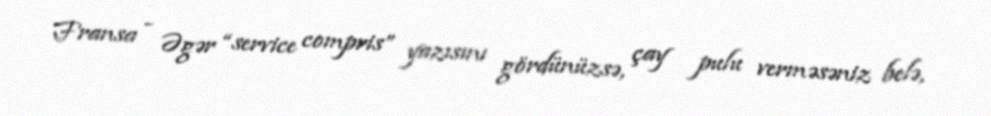
Fransa - Əgər “service compris” yazısını gördünüzsə, çay pulu verməsəniz belə,